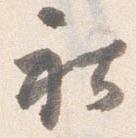
社